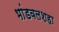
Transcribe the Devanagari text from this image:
भांडवलशहा